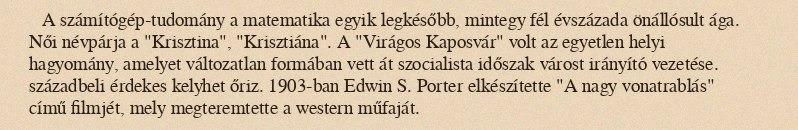
A számítógép-tudomány a matematika egyik legkésőbb, mintegy fél évszázada önállósult ága. Női névpárja a "Krisztina", "Krisztiána". A "Virágos Kaposvár" volt az egyetlen helyi hagyomány, amelyet változatlan formában vett át szocialista időszak várost irányító vezetése. századbeli érdekes kelyhet őriz. 1903-ban Edwin S. Porter elkészítette "A nagy vonatrablás" című filmjét, mely megteremtette a western műfaját.